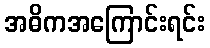
အဓိကအကြောင်းရင်း